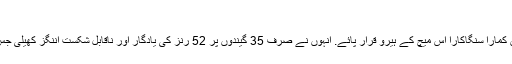
(خبر جاری ہے)
اپنے کیریئر کا آخری میچ کھیلنے والے سری لنکا کے سٹار بیٹسمین کمارا سنگاکارا اس میچ کے ہیرو قرار پائے. انہوں نے صرف 35 گیندوں پر 52 رنز کی یادگار اور ناقابل شکست اننگز کھیلی جس کی بدولت سری لنکا پہلی مرتبہ ٹی 20 ورلڈ کپ کا فاتح قرار پایا۔